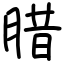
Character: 腊